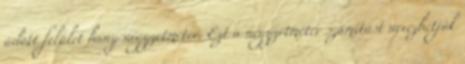
adott felület hány négyzetméter. Ezt a négyzetméter számítást nevezhetjük